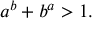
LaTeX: a ^ { b } + b ^ { a } > 1 .